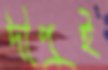
দীপুই